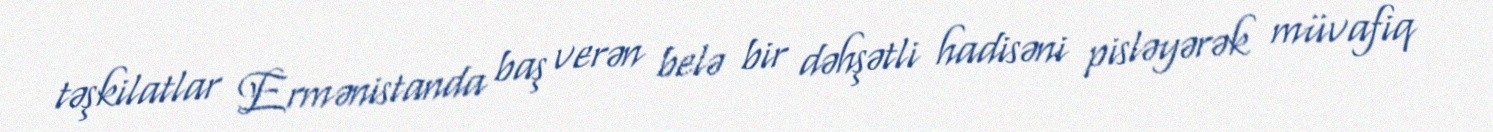
təşkilatlar Ermənistanda baş verən belə bir dəhşətli hadisəni pisləyərək müvafiq